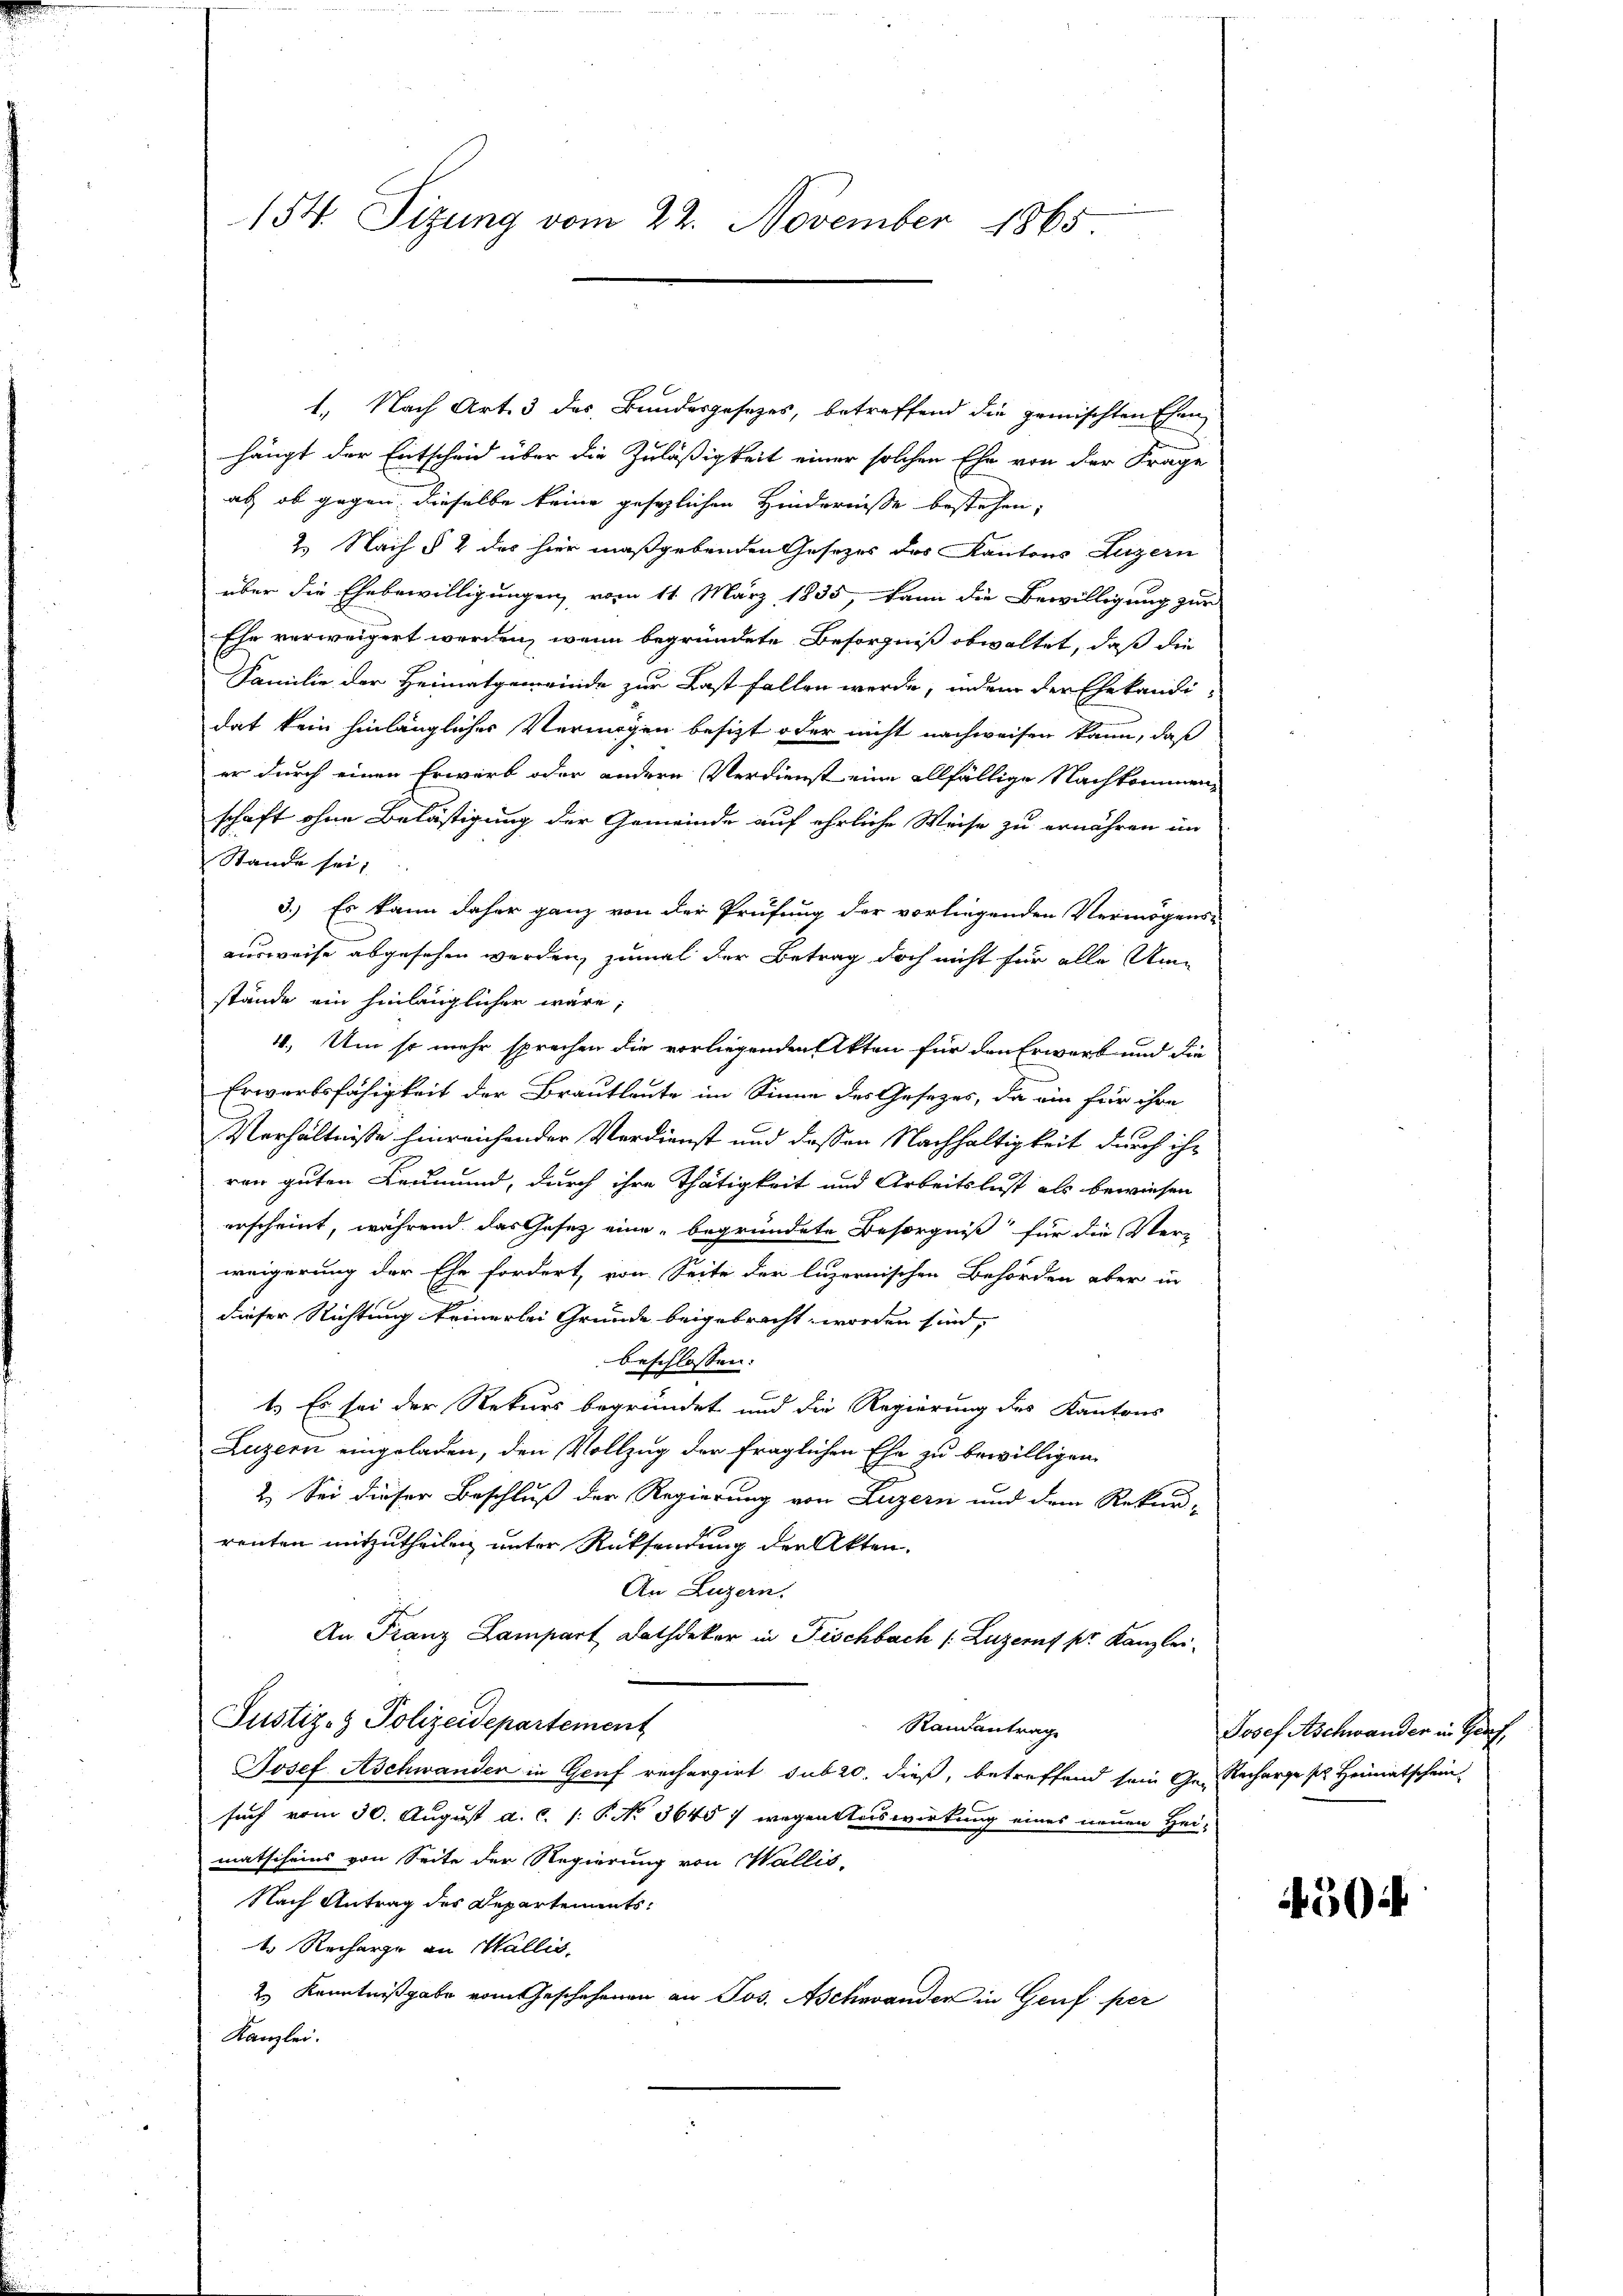
154 Sizung vom 22. November 1865

1.) Nach Art. 3 des Bundesgesezes, betreffend die gemischten Ehen
hängt der Entscheid über die Zuläßigkeit einer solchen Ehe von der Frage
al ob gegen dieselbe keine gesezlichen Hinderniße bestehen,
2. Nach § 2 des hier maßgebenden Gesetzes des Kantons Luzern
über die Ehebewilligungen, vom 11. März 1835, kann die Bewilligung zur
Ehe verweigert werden, wenn begründete Besorgniß obwaltet, daß die
Familie der Heimatgemeinde zur Last fallen werde, indem der Ehekändidat kein hinlänglicher Vermögen besizt oder nicht nachweisen kann, daß
er durch einen Erwerb oder andere Verdienst eine allfällige Nachkommenschaft ohne Belästigung der Gemeinde auf ehrliche Weise zu ernähren im
Stande sei;
3.) Es kann daher ganz von der Prüfung der vorliegenden Vermögens-
ausweise abgesehen werden, zumal der Betrag doch nicht für alle Um-
stände ein hinlänglicher wäre;
4. Um so mehr sprechen die vorliegenden Akten für den Erwarb und die
Erwärtsfähigkeit der Brautleute im Sinne des Gesezes, da ein für ihre
Verhältnisse hinreichender Verdienst und dessen Nachhaltigkeit durch ihr
ren guten Leumund, durch ihre Thätigkeit und Arbeitslust als bewiesen
erscheint, während das Gesetz eine begründete Besorgniß für die Verweigerung der Ehe fordert, von Seite der luzernischen Behörden aber in
dieser Richtung keinerlei Gründe beigebracht worden sind,
beschlossen:
t. Es sei der Rekurs begründet und die Regierung des Kantons
Luzern eingeladen, den Vollzug der fraglichen Ehe zu bewilligen.
2.) Sei dieser Beschluß der Regierung von Luzern und dem Rekur-
renten mitzutheilen unter Rücksendung der Akten.
An Luzern.
An Franz Lampart Dachdeker in Fischbach (Luzern pr. Kanzlei-
Justiz- & Polizeidepartement
Randantrag
Josef Aschwander in Genf rechargirt sub 20. dieß, betreffend sein Gescharge pr. Heimatschein
such vom 30. August a. c. s. P. No. 3645) wegensteswirkung eines neuen Hei-
matscheins von Seite der Regierung von Wallis,
Nach Antrag des Departements:
1. Recharge an Wallis,
2. Kenntnißgabe vom Geschehenen an Jos. Aschwander in Genf per
Kanzlei.

Josef Aschwander in Genf,

4504